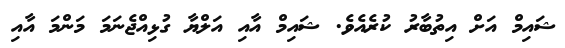
ޝައިމް އަށް އިތުބާރު ކުރެއެވެ. ޝައިމް އާއި އަލްޔާ ގުޅިއްޖެނަމަ މަންމަ އާއި